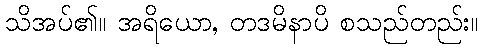
သိအပ်၏။ အရိယော, တဒမိနာပိ စသည်တည်း။